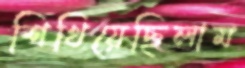
শিখিয়েছিলাম